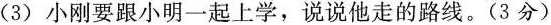
(3)小刚要跟小明一起上学，说说他走的路线。(3分)